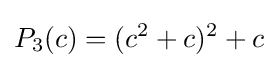
P_{3}(c)=(c^{2}+c)^{2}+c